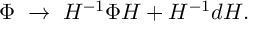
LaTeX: \Phi \; \rightarrow \; H ^ { - 1 } \Phi H + H ^ { - 1 } d H .